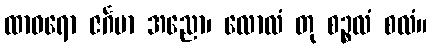
ထာဝရော ဇင်္ဂမာ အညော၊ လောလံ တု စဉ္စလံ စလံ။